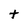
Character: t